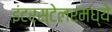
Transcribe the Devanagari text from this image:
इंटरस्टेलरमध्ये